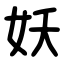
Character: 妖